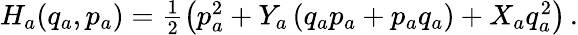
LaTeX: \begin{array}{r}{H_{a}(q_{a},p_{a})=\frac{1}{2}\left(p_{a}^{2}+Y_{a}\left(q_{a}p_{a}+p_{a}q_{a}\right)+X_{a}q_{a}^{2}\right)\, .}\end{array}